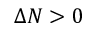
\Delta N > 0